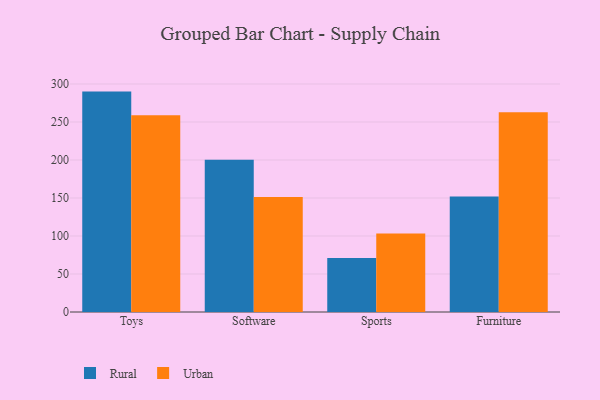
{"axis": {"x": "Category", "y": "Backlog"}, "legend": ["Rural", "Urban"], "data": [{"x": "Toys", "y": 290.0, "type": "Rural"}, {"x": "Toys", "y": 258.8, "type": "Urban"}, {"x": "Software", "y": 200.3, "type": "Rural"}, {"x": "Software", "y": 151.2, "type": "Urban"}, {"x": "Sports", "y": 71.0, "type": "Rural"}, {"x": "Sports", "y": 103.3, "type": "Urban"}, {"x": "Furniture", "y": 152.0, "type": "Rural"}, {"x": "Furniture", "y": 262.9, "type": "Urban"}]}